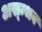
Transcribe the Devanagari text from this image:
अस्म्भव